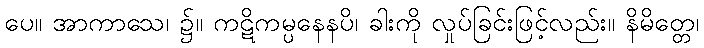
ပေ။ အာကာသေ၊ ၌။ ကဋိကမ္ပနေနပိ၊ ခါးကို လှုပ်ခြင်းဖြင့်လည်း။ နိမိတ္တေ၊